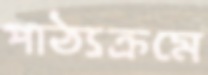
পাঠ্যক্রমে